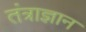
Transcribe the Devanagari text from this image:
तंत्राज्ञान